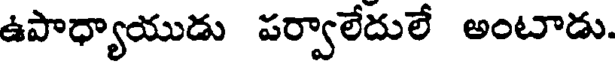
ఉపాధ్యాయుడు పర్వాలేదులే అంటాడు.